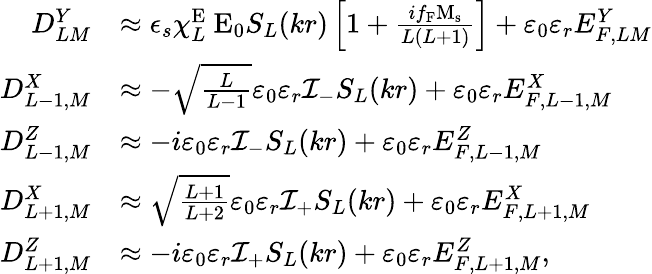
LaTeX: \begin{array}{rl}{D_{LM}^{Y}}&{\approx\epsilon_{s}\chi_{L}^{\mathrm{E}}\ \mathrm{E}_{0}S_{L}(kr)\left[1+\frac{if_{\mathrm{F}}\mathrm{M}_{\mathrm{s}}}{L(L+1)}\right]+\varepsilon_{0}\varepsilon_{r}E_{F,LM}^{Y}}\\ {D_{L-1,M}^{X}}&{\approx-\sqrt{\frac{L}{L-1}}\varepsilon_{0}\varepsilon_{r}\mathcal{I}_{-}S_{L}(kr)+\varepsilon_{0}\varepsilon_{r}E_{F,L-1,M}^{X}}\\ {D_{L-1,M}^{Z}}&{\approx-i\varepsilon_{0}\varepsilon_{r}{\cal I}_{-}S_{L}(kr)+\varepsilon_{0}\varepsilon_{r}E_{F,L-1,M}^{Z}}\\ {D_{L+1,M}^{X}}&{\approx\sqrt{\frac{L+1}{L+2}}\varepsilon_{0}\varepsilon_{r}{\cal I}_{+}S_{L}(kr)+\varepsilon_{0}\varepsilon_{r}E_{F,L+1,M}^{X}}\\ {D_{L+1,M}^{Z}}&{\approx-i\varepsilon_{0}\varepsilon_{r}{\cal I}_{+}S_{L}(kr)+\varepsilon_{0}\varepsilon_{r}E_{F,L+1,M}^{Z},}\end{array}